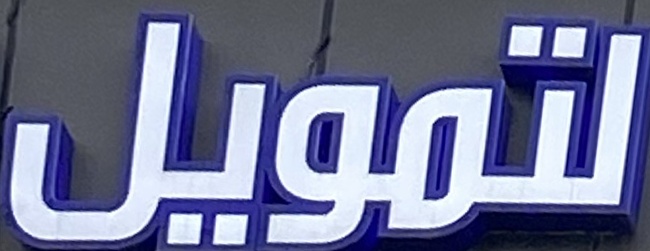
لتمويل